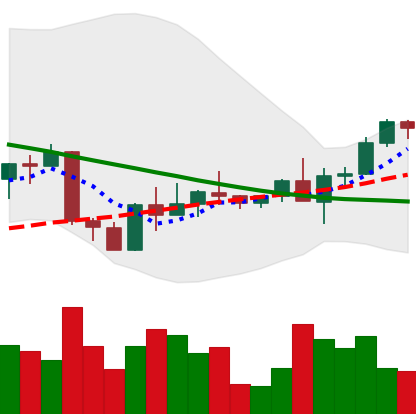
Ticker: ETH-USD
Chart end date: 2022-09-11
Forward return: -18.694%
Label: down_7plus